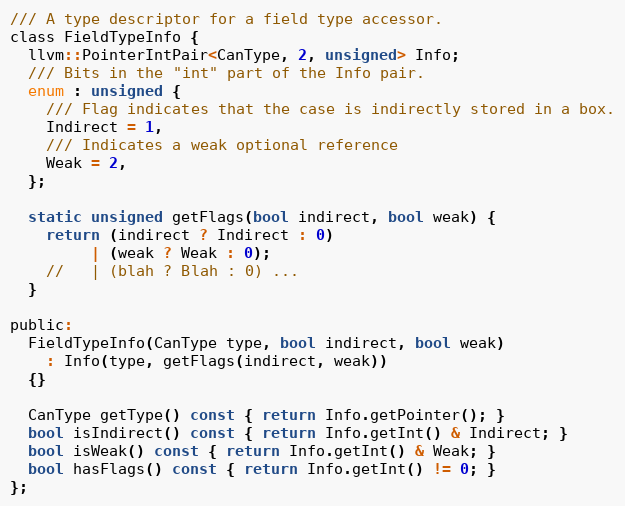
Language: C
/// A type descriptor for a field type accessor.
class FieldTypeInfo {
  llvm::PointerIntPair<CanType, 2, unsigned> Info;
  /// Bits in the "int" part of the Info pair.
  enum : unsigned {
    /// Flag indicates that the case is indirectly stored in a box.
    Indirect = 1,
    /// Indicates a weak optional reference
    Weak = 2,
  };

  static unsigned getFlags(bool indirect, bool weak) {
    return (indirect ? Indirect : 0)
         | (weak ? Weak : 0);
    //   | (blah ? Blah : 0) ...
  }

public:
  FieldTypeInfo(CanType type, bool indirect, bool weak)
    : Info(type, getFlags(indirect, weak))
  {}

  CanType getType() const { return Info.getPointer(); }
  bool isIndirect() const { return Info.getInt() & Indirect; }
  bool isWeak() const { return Info.getInt() & Weak; }
  bool hasFlags() const { return Info.getInt() != 0; }
};